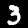
Digit: 3